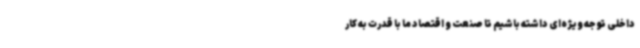
داخلی توجه ویژه‌ای داشته باشیم تا صنعت و اقتصاد ما با قدرت به کار